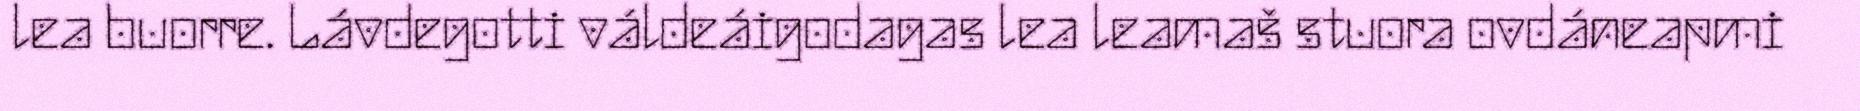
lea buorre. Lávdegotti váldeáigodagas lea leamaš stuora ovdáneapmi